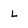
Character: L